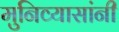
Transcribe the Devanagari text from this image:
मुनिव्यासांनी